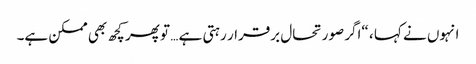
انہوں نے کہا ، “اگر صورتحال برقرار رہتی ہے … تو پھر کچھ بھی ممکن ہے۔